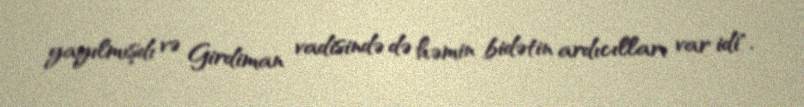
yayılmışdı və Girdiman vadisində də həmin bidətin ardıcılları var idi".